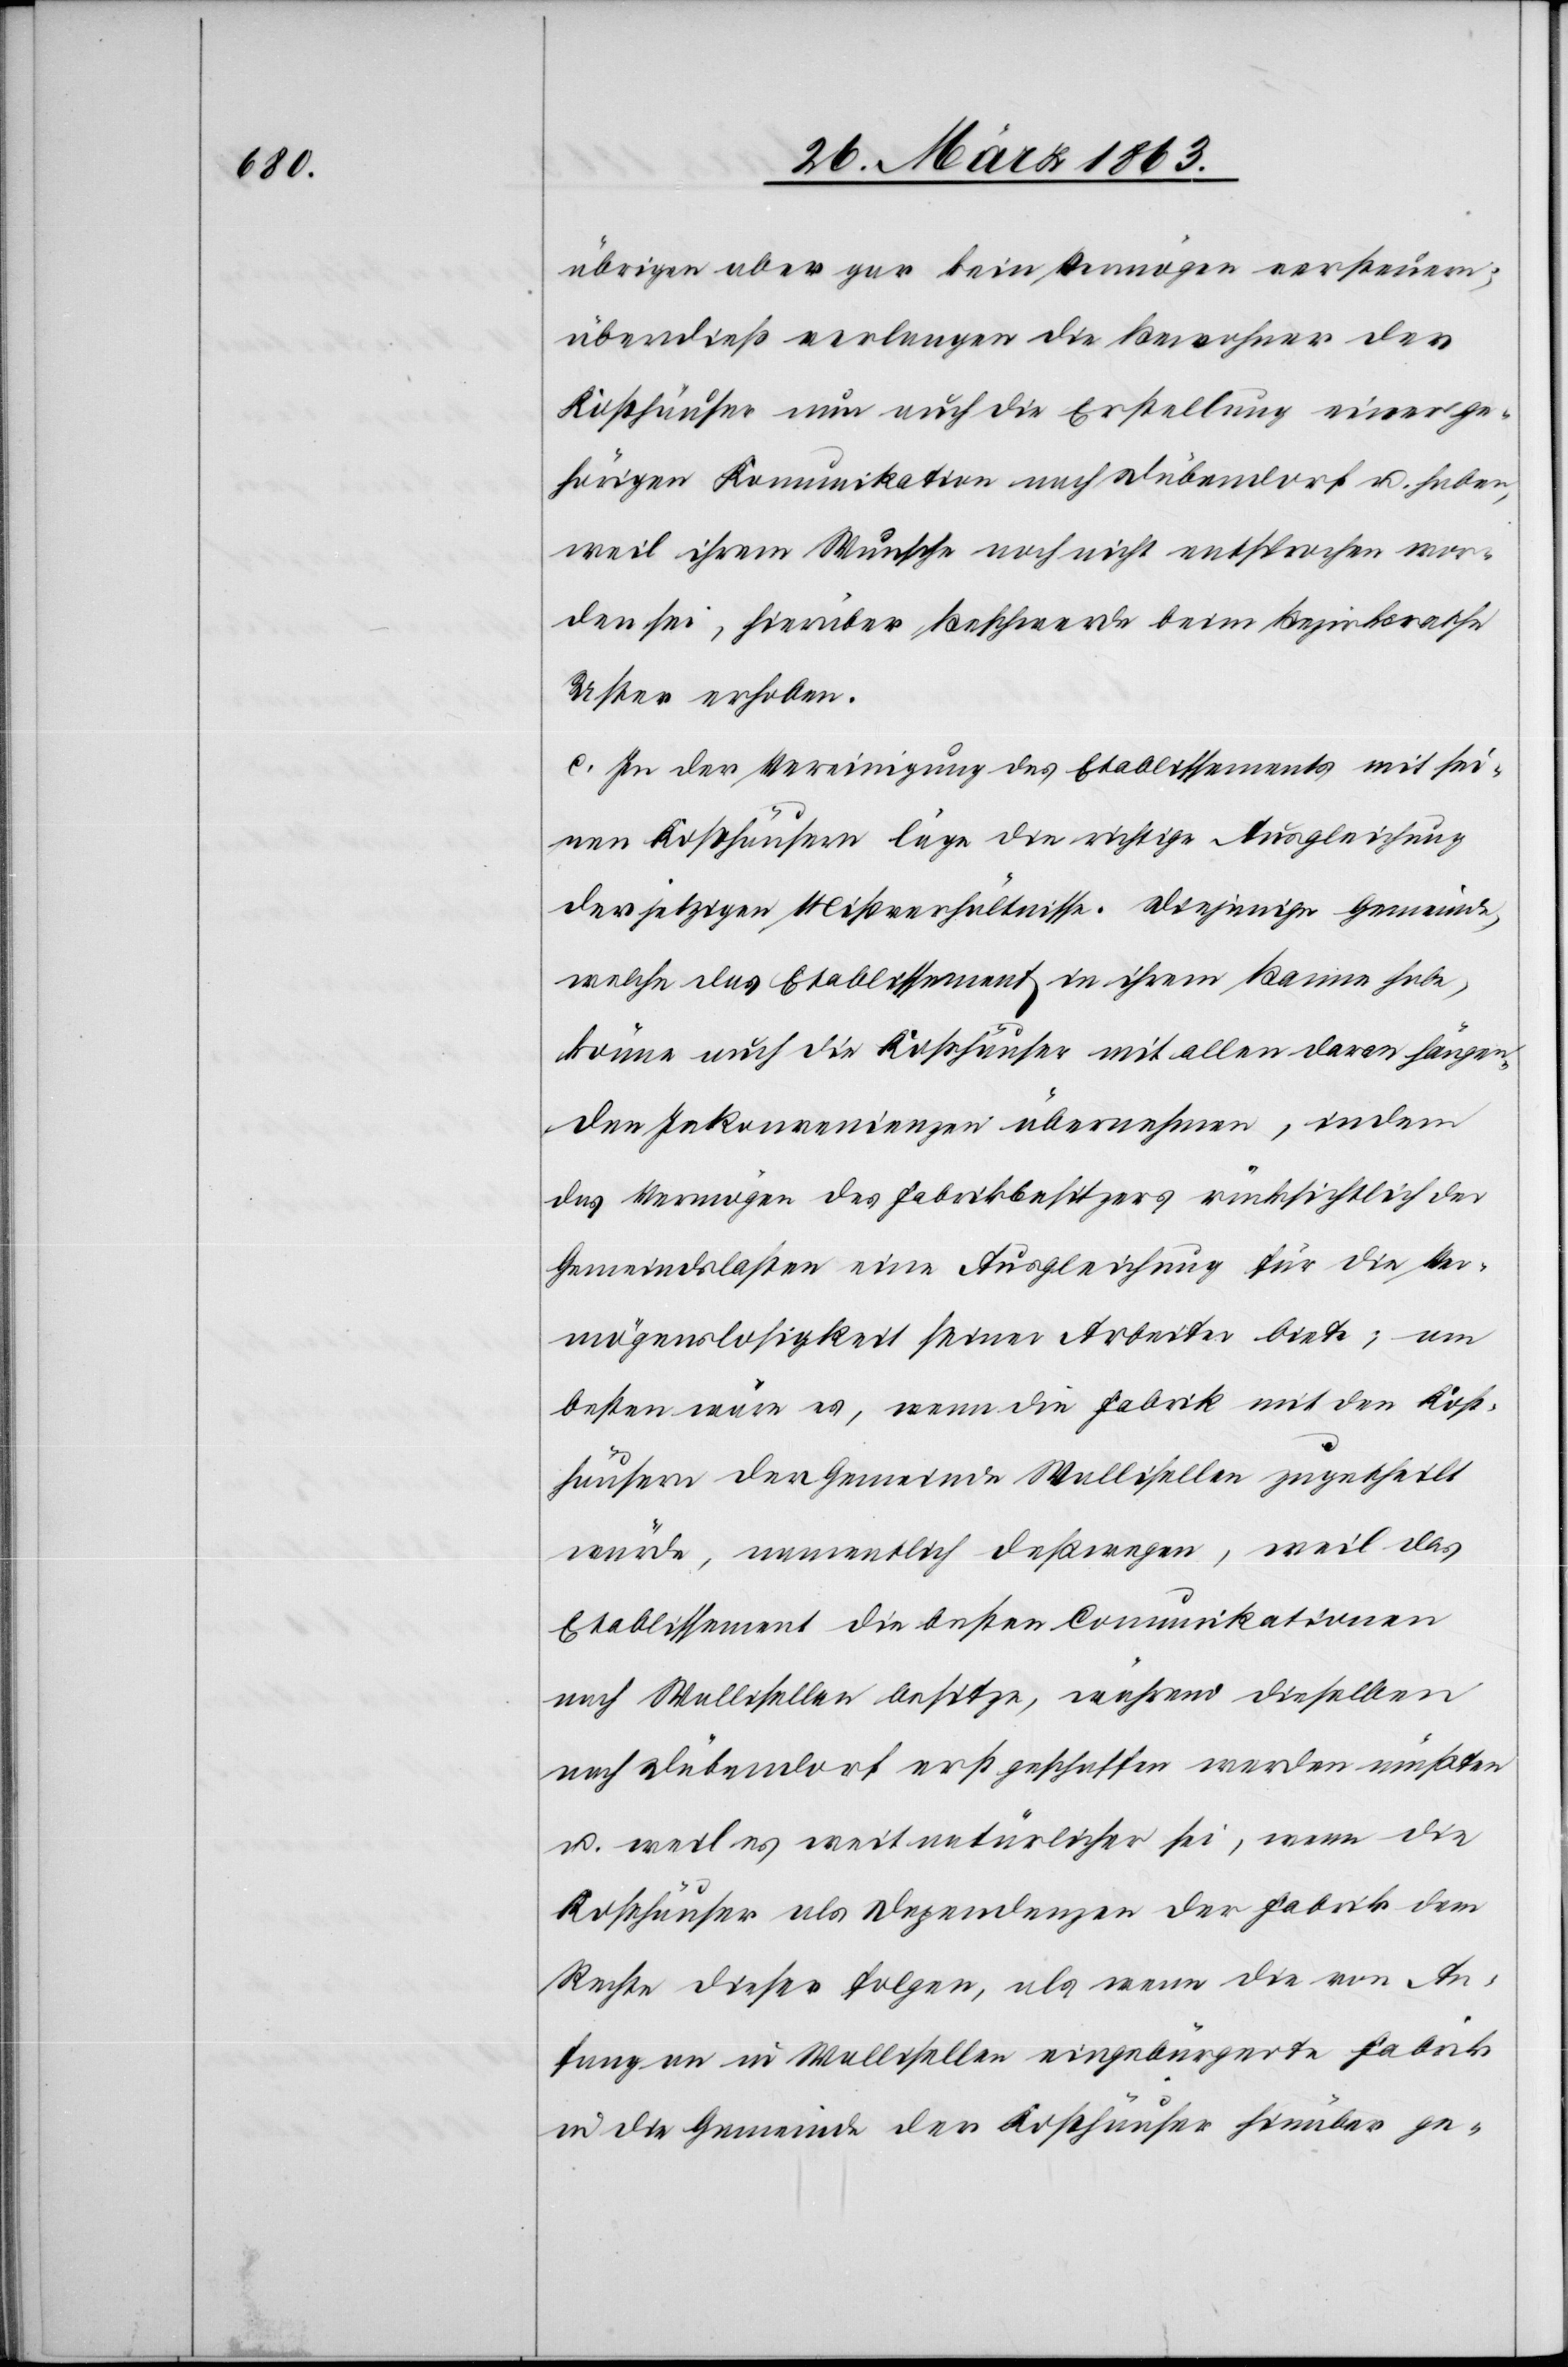
übrigen aber gar kein Vermögen versteuern;
überdieß verlangen die Bewohner der
Kosthäuser nun auch die Erstellung einer ge¬
hörigen Komunikation nach Dübendorf u. haben,
weil ihrem Wunsche noch nicht entsprochen wor¬
den sei, hierüber Beschwerde beim Bezirksrathe
Uster erhoben.
c.) In der Vereinigung des Etablissements mit sei¬
nen Kosthäusern läge die richtige Ausgleichung
der jetzigen Mißverhältnisse. Diejenige Gemeinde,
welche das Etablissement in ihrem Banne habe,
könne auch die Kosthäuser mit allen daran hängen¬
den Inkonvenienzen übernehmen, indem
das Vermögen des Fabrikbesitzers rücksichtlich der
Gemeindslasten eine Ausgleichung für die Ver¬
mögenslosigkeit seiner Arbeiter biete; am
besten wäre es, wenn die Fabrik mit den Kost¬
häusern der Gemeinde Wallisellen zugetheilt
würde, namentlich deßwegen, weil das
Etablissement die besten Comunikationen
nach Wallisellen besitze, während dieselben
nach Dübendorf erst geschaffen werden müßten
u. weil es weit natürlicher sei, wenn die
Kosthäuser als Dependenzen der Fabrik dem
Rechte dieser folgen, als wenn die von An¬
fang an in Wallisellen eingebürgerte Fabrik
in die Gemeinde der Kosthäuser hinüber ge-